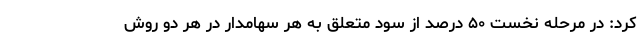
کرد: در مرحله نخست ۵۰ درصد از سود متعلق به هر سهامدار در هر دو روش